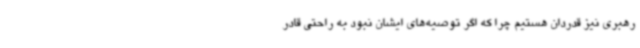
رهبری نیز قدردان هستیم چرا که اگر توصیه‌های ایشان نبود به راحتی قادر